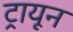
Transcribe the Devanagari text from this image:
ट्रायून